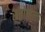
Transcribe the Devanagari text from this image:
संतोलाल्ला